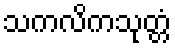
သကလိကသုတ္တံ